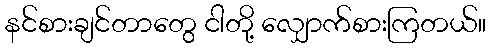
နင်စားချင်တာတွေ ငါတို့ လျှောက်စားကြတယ်။